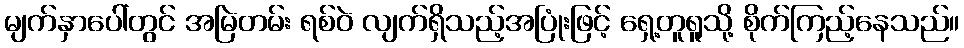
မျက်နှာပေါ်တွင် အမြဲတမ်း ရစ်ဝဲ လျက်ရှိသည့်အပြုံးဖြင့် ရှေ့တူရူသို့ စိုက်ကြည့်နေသည်။